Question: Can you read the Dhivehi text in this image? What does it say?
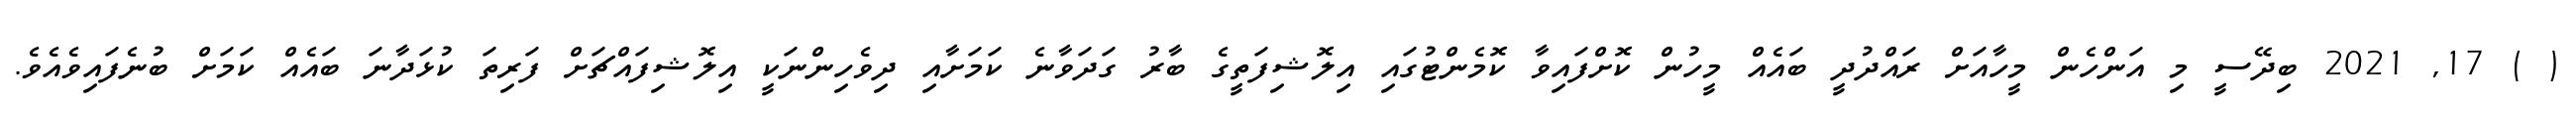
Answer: ( ) 17, 2021 ބިދޭސީ މި އަންހެން މީހާއަށް ރައްދުދީ ބައެއް މީހުން ކޮށްފައިވާ ކޮމެންޓުގައި އިލޮޝިފަތީގެ ބާރު ގަދަވާނެ ކަމަށާއި ދިވެހިންނަކީ އިލޮޝިފައްޗަށް ފަރިތަ ކުޅަދާނަ ބައެއް ކަމަށް ބުނެފައިވެއެވެ.